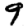
Digit: 9